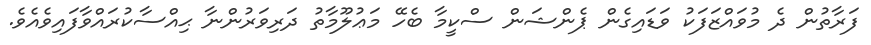
ފަރާތުން ދެ މުވައްޒަފަކު ވަޑައިގެން ޕެންޝަން ސްކީމާ ބެހޭ މަޢުލޫމާތު ދަރިވަރުންނާ ޙިއްސާކުރައްވާފައިވެއެވެ.